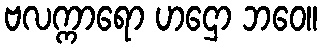
ဗလက္ကာရော ဟဌော ဘဝေ။